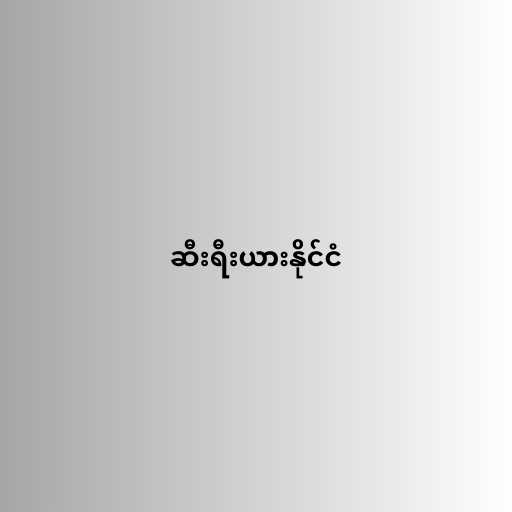
ဆီးရီးယားနိုင်ငံ